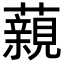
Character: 藽